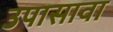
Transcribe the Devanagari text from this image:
उपासावा